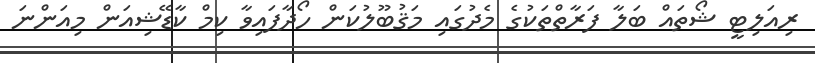
ރިއަލިޓީ ޝޯތައް ބަލާ ފަރާތްތަކުގެ މެދުގައި މަޤުބޫލުކަން ހޯދާފައިވާ ކިމް ކާޑޭޝިއަން މިއަންނަ